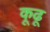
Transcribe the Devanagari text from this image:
कूढू